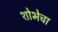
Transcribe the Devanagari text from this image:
शोभेचा